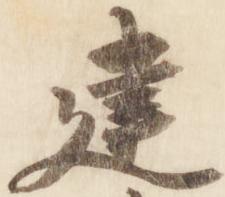
建